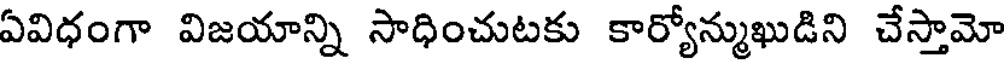
ఏవిధంగా విజయాన్ని సాధించుటకు కార్యోన్ముఖుడిని చేస్తామో